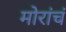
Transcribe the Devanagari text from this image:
मोरांचं